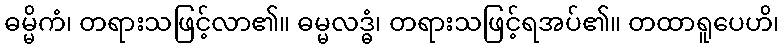
ဓမ္မိကံ၊ တရားသဖြင့်လာ၏။ ဓမ္မလဒ္ဓံ၊ တရားသဖြင့်ရအပ်၏။ တထာရူပေဟိ၊